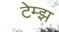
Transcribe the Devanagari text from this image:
टेम्झ